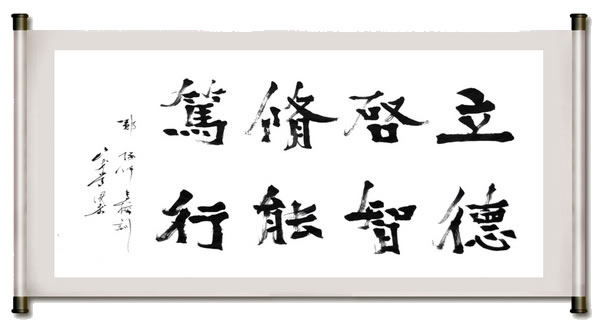
心以启智，智以启财，财以启众，众以启贤，贤之有启，以王天下。